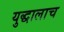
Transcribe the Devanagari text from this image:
युद्धालाच